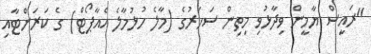
"ރައީސް ޔާމީން ވިދާޅުވި މިތިން ސަހަރުގެ (މާލެ ހުޅުމާލެ އެއާޕޯޓް) ގެ ކަރަންޓާއި